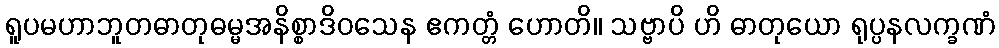
ရူပမဟာဘူတဓာတုဓမ္မအနိစ္စာဒိဝသေန ဧကတ္တံ ဟောတိ။ သဗ္ဗာပိ ဟိ ဓာတုယော ရုပ္ပနလက္ခဏံ